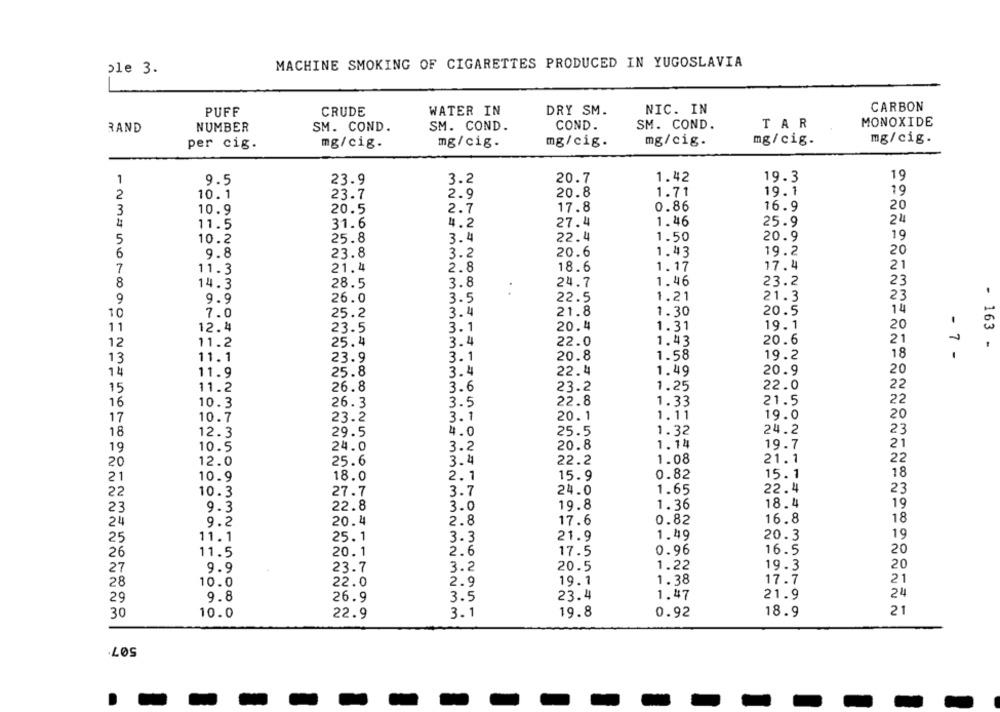
MACHINE SMOKING OF CIGARETTES PRODUCED IN YUGOSLAVIA
ple 3.
CARBON
PUFF
CRUDE
WATER IN
DRY SM.
NIC. IN
RAND
NUMBER
SM. COND.
SM. COND.
COND.
SM. COND.
TAR
MONOXIDE
mg/cig.
mg/cig.
mg/cig.
mg/cig.
mg/cig.
per cig.
mg/cig.
1.42
19
1
9.5
23.9
3.2
20.7
19.3
20.8
1.71
19.1
19
2
10.1
23.7
2.9
0.86
16.9
20
10.9
20.5
2.7
17.8
24
11.5
31.6
4.2
27.4
1.46
25.9
19
5
10.2
25.8
3.4
22.4
1.50
20.9
6
9.8
23.8
3.2
20.6
1.43
19.2
20
7
11.3
21.4
2.8
18.6
1.17
17.4
21
8
14.3
28.5
3.8
24.7
1.46
23.2
23
..
9
9.9
26.0
3.5
22.5
1.21
21.3
23
10
7.0
25.2
3.4
21.8
1.30
20.5
14
11
12.4
23.5
3.1
20. 4
1.31
19.1
20
25.4
20.6
21
12
11.2
3.4
22.0
1.43
163 -
1.58
19.2
18
- 7 -
13
11.1
23.9
3.1
20.8
22.4
20.9
20
14
11.9
25.8
3.4
1.49
22.0
22
15
11.2
26.8
3.6
23.2
1.25
16
10.3
26.3
3.5
22.8
1.33
21.5
22
17
10.7
23.2
3.1
20.1
1.11
19.0
20
18
12.3
29.5
4.0
25.5
1.32
24.2
23
19
10.5
24.0
3.2
20.8
1.14
19.7
21
20
12.0
25.6
3.4
22.2
1.08
21.1
22
10.9
18.0
2.1
15.9
0.82
15.1
18
21
22
27.7
24.0
1.65
22.4
23
10.3
3.7
22.8
19.8
1.36
18.4
19
23
9.3
3.0
16.8
18
24
9.2
20.4
2.8
17.6
0.82
25
11.1
25.1
3.3
21.9
1.49
20.3
19
26
11.5
20.1
2.6
17.5
0.96
16.5
20
27
9.9
23.7
3.2
20.5
1.22
19.3
20
28
10.0
22.0
2.9
19.1
1.38
17.7
21
29
9.8
26.9
3.5
23.4
1.47
21.9
24
30
3.1
19.8
0.92
21
10.0
22.9
18.9
507